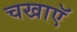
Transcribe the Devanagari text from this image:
चखाएॅ